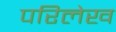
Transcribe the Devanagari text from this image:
परिलेख